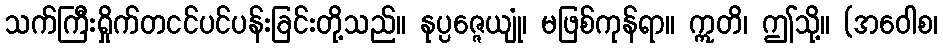
သက်ကြီးရှိုက်တငင်ပင်ပန်းခြင်းတို့သည်။ နုပ္ပဇ္ဇေယျုံ၊ မဖြစ်ကုန်ရာ။ ဣတိ၊ ဤသို့။ (အဝေါစ၊